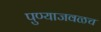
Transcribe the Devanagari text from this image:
पुण्याजवळच